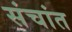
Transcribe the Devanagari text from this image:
संचांत